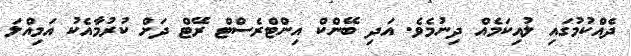
ދެއްކުމުގައި ލުއިކަމެއް ދިނުމެވެ. އަދި ބޭންކް އިންޓްރެސްޓް ރޭޓް ދަށް ކުރުމާއެކު އަމިއްލަ